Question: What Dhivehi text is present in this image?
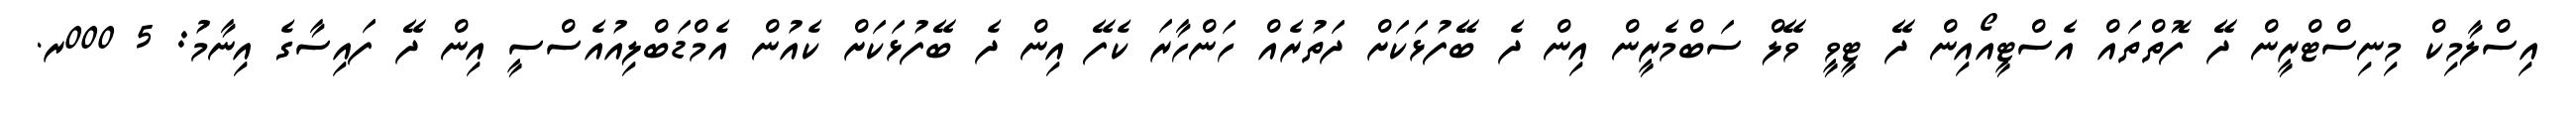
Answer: އިސްލާމިކް މިނިސްޓްރީން ދޭ ފޮތްތައް އެސްޓީއޯއިން ދޭ ޓީވީ ވޭލް ސަބްމެރީން އިން ދެ ބޭފުޅަކަށް ދަތުރެއް ހަންހާރަ ކެފޭ އިން ދެ ބޭފުޅަކަށް ކެއުން އެމްޑަބްލިއުއެސްސީ އިން ދޭ ފައިސާގެ އިނާމު: 5 000ރ.